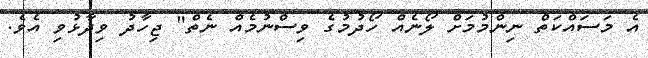
އެ މަސައްކަތް ނިންމުމަށް ލޯނެއް ހޯދުމުގެ ވިސްނުމެއް ނެތް" ޖިހާދު ވިދާޅުވި އެވެ.